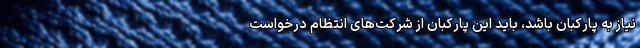
نیاز به پارکبان باشد، باید این پارکبان از شرکت‌های انتظام درخواست